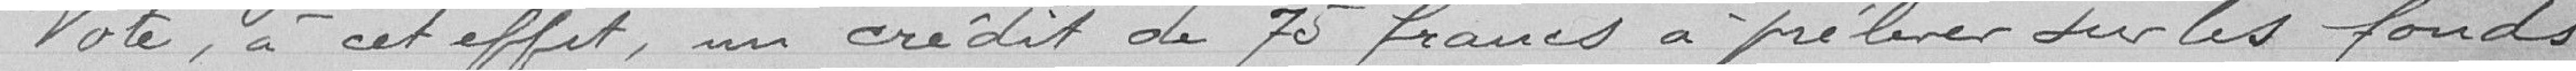
Vote, à cet effet, un crédit de 75 francs à prélever sur les fonds